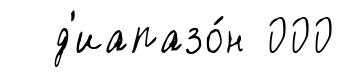
д'иапазо́н 000